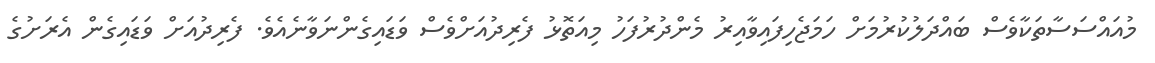
މުއައްސަސާތަކާވެސް ބައްދަލުކުރުމަށް ހަމަޖެހިފައިވާއިރު މެންދުރުފަހު މިއަތޮޅު ފެރިދުއަށްވެސް ވަޑައިގެންނަވާނެއެވެ. ފެރިދުއަށް ވަޑައިގެން އެރަށުގެ